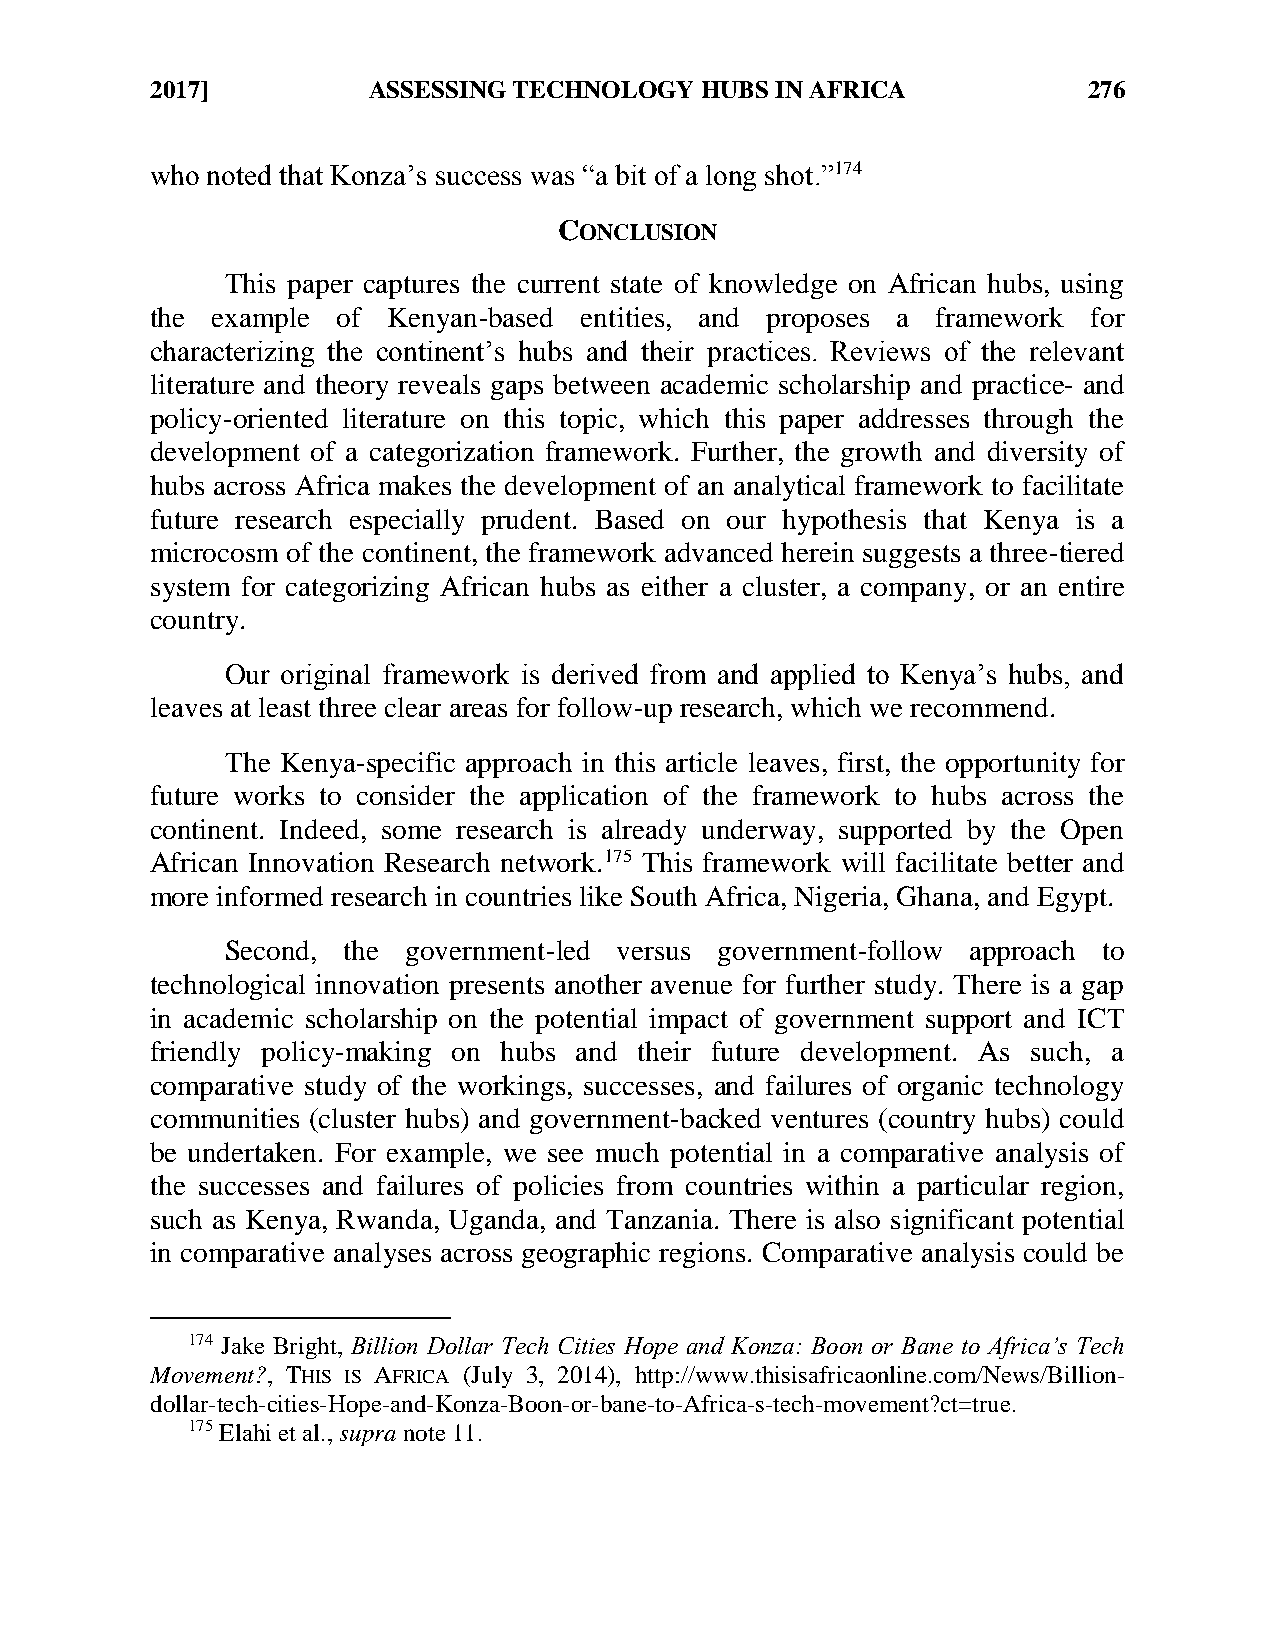
2017]         ASSESSING TECHNOLOGY  HUBS IN AFRICA            276
 who noted that Konza’s success was “a bit of a long shot.”174
 CONCLUSION
 This paper captures the current state of knowledge on African hubs, using
 the example of  Kenyan-based entities, and proposes a framework for
 characterizing the continent’s hubs and their practices. Reviews of the relevant
 literature and theory reveals gaps between academic scholarship and practice- and
 policy-oriented literature on this topic, which this paper addresses through the
 development of a categorization framework. Further, the growth and diversity of
 hubs across Africa makes the development of an analytical framework to facilitate
 future research especially prudent. Based on our hypothesis that Kenya is a
 microcosm of the continent, the framework advanced herein suggests a three-tiered
 system for categorizing African hubs as either a cluster, a company, or an entire
 country.
 Our original framework is derived from and applied to Kenya’s hubs, and
 leaves at least three clear areas for follow-up research, which we recommend.
 The Kenya-specific approach in this article leaves, first, the opportunity for
 future works to consider the application of the framework to hubs across the
 continent. Indeed, some research is already underway, supported by the Open
 African Innovation Research network.175 This framework will facilitate better and
 more informed research in countries like South Africa, Nigeria, Ghana, and Egypt.
 Second, the government-led versus government-follow approach to
 technological innovation presents another avenue for further study. There is a gap
 in academic scholarship on the potential impact of government support and ICT
 friendly policy-making on hubs and their future development. As such, a
 comparative study of the workings, successes, and failures of organic technology
 communities (cluster hubs) and government-backed ventures (country hubs) could
 be undertaken. For example, we see much potential in a comparative analysis of
 the successes and failures of policies from countries within a particular region,
 such as Kenya, Rwanda, Uganda, and Tanzania. There is also significant potential
 in comparative analyses across geographic regions. Comparative analysis could be
 174 Jake Bright, Billion Dollar Tech Cities Hope and Konza: Boon or Bane to Africa’s Tech
 Movement?, THIS IS AFRICA (July 3, 2014), http://www.thisisafricaonline.com/News/Billion-
 dollar-tech-cities-Hope-and-Konza-Boon-or-bane-to-Africa-s-tech-movement?ct=true.
 175 Elahi et al., supra note 11.